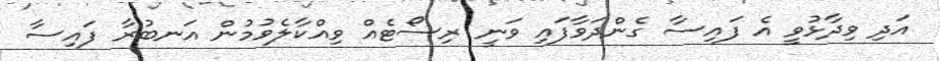
އަދި ވިދާޅުވީ އެ ފައިސާ ގެންދަވާފައި ވަނީ ރިސޯޓެއް ވިއްކާލެވުމުން އަނބުރާ ފައިސާ